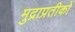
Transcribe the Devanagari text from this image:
मुद्राप्रतीकों